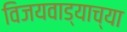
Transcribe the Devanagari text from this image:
विजयवाड्याच्या